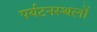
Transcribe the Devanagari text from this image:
पर्यटनस्थलों